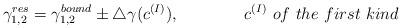
LaTeX: \begin{align*}\gamma _{1,2}^{res}=\gamma _{1,2}^{bound}\pm \triangle\gamma (c^{(I)}),\qquad \qquad c^{(I)}{~ of~ the~ first~ kind}\end{align*}